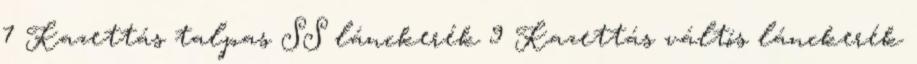
7 Kazettás talpas SS lánckerék 9 Kazettás váltós lánckerék